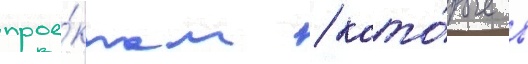
прое́ктам / кото́рые в